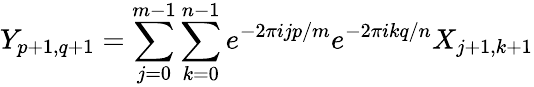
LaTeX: Y_{p+1,q+1}=\sum_{j=0}^{m-1}\sum_{k=0}^{n-1}e^{-2\pi ijp/m}e^{-2\pi ikq/n}X_{j+1,k+1}